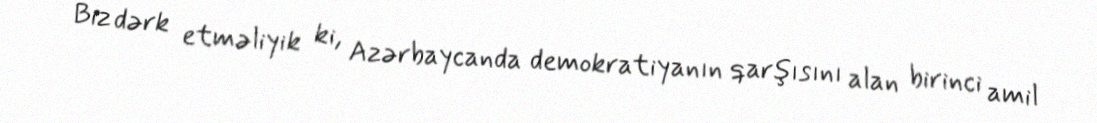
Biz dərk etməliyik ki, Azərbaycanda demokratiyanın qarşısını alan birinci amil